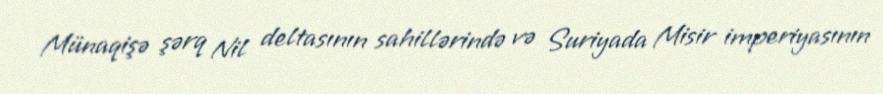
Münaqişə şərq Nil deltasının sahillərində və Suriyada Misir imperiyasının